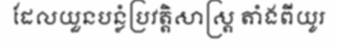
ដែលយួនបន្លំប្រវត្តិសាស្ត្រ តាំងពីយូរ